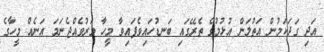
އަދި ގަދަކަމުން އަތުލަން އުޅުމުގެ ތެރޭގައި ބަނޑުހައިވެފައިވާ މީހާ މަރުވެއްޖެނަމަ އަނެއް މީހާގެ